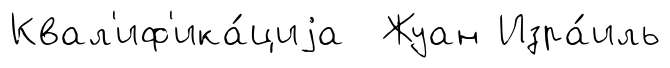
Квал'иф'ика́циjа Жуан Изра́иль